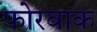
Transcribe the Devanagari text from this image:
फोरवाक